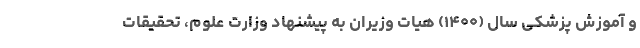
و آموزش پزشکی سال (۱۴۰۰) هیات وزیران به پیشنهاد وزارت علوم، تحقیقات